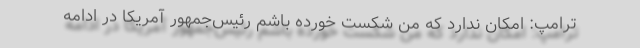
ترامپ: امکان ندارد که من شکست خورده باشم رئیس‌جمهور آمریکا در ادامه